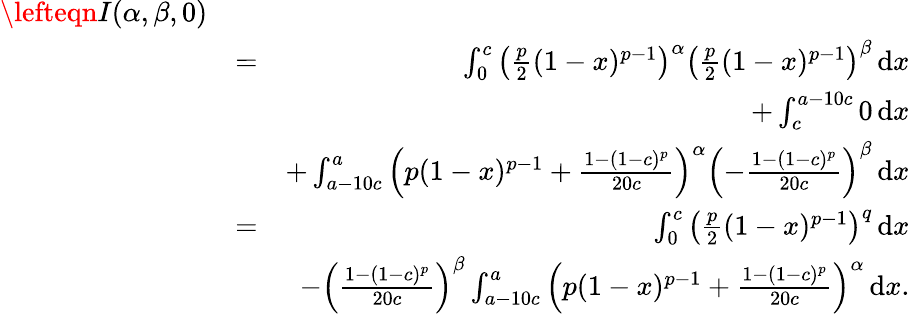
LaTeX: \begin{array}{rlr}{\lefteqn{I(\alpha,\beta,0)}}\\ &{=}&{\int_{0}^{c}\left(\frac{p}{2}(1-x)^{p-1}\right)^{\alpha}\left(\frac{p}{2}(1-x)^{p-1}\right)^{\beta}\, \mathrm{d}x}\\ &{}&{+\int_{c}^{a-10c}0\, \mathrm{d}x}\\ &{}&{+\int_{a-10c}^{a}\left(p(1-x)^{p-1}+\frac{1-(1-c)^{p}}{20c}\right)^{\alpha}\left(-\frac{1-(1-c)^{p}}{20c}\right)^{\beta}\, \mathrm{d}x}\\ &{=}&{\int_{0}^{c}\left(\frac{p}{2}(1-x)^{p-1}\right)^{q}\, \mathrm{d}x}\\ &{}&{-\left(\frac{1-(1-c)^{p}}{20c}\right)^{\beta}\int_{a-10c}^{a}\left(p(1-x)^{p-1}+\frac{1-(1-c)^{p}}{20c}\right)^{\alpha}\, \mathrm{d}x.}\end{array}